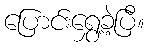
ပြောင်းရွှေ့ခဲ့ပြီ။